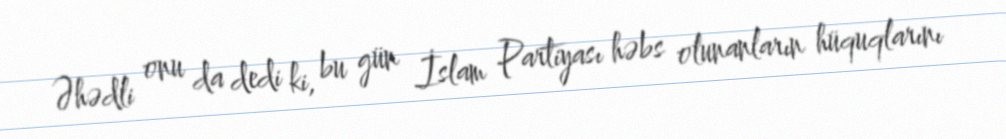
Əhədli onu da dedi ki, bu gün İslam Partiyası həbs olunanların hüquqlarını